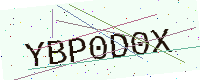
Text: YBP0D0X